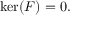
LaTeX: \ker ( F ) = 0 .